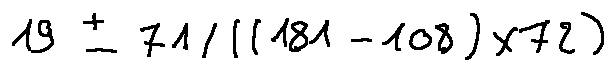
1 9 \pm 7 1 / ( ( 1 8 1 - 1 0 8 ) \times 7 2 )